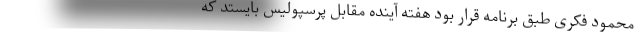
محمود فکری طبق برنامه قرار بود هفته آینده مقابل پرسپولیس بایستد که